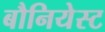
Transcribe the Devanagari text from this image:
बौनियेस्ट